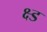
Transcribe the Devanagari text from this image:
क्ष्ड